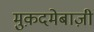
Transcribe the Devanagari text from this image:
मुक़दमेबाज़ी